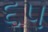
૬૫